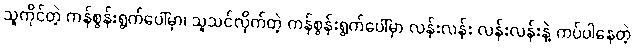
သူကိုင်တဲ့ ကန်စွန်းရွက်ပေါ်မှာ၊ သူသင်လိုက်တဲ့ ကန်စွန်းရွက်ပေါ်မှာ လန်းလန်း လန်းလန်းနဲ့ ကပ်ပါနေတဲ့